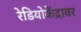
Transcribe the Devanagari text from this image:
रेडियोकेंद्रावर